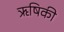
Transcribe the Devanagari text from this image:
ऋषिकी